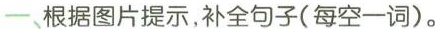
一、根据图片提示,补全句子(每空一词).。